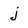
Character: j